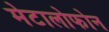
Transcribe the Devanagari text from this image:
मेटालोफोन